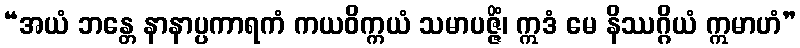
“အယံ ဘန္တေ နာနာပ္ပကာရကံ ကယဝိက္ကယံ သမာပဇ္ဇိံ၊ ဣဒံ မေ နိဿဂ္ဂိယံ ဣမာဟံ”